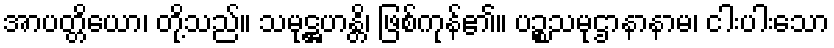
အာပတ္တိယော၊ တို့သည်။ သမုဋ္ဌဟန္တိ၊ ဖြစ်ကုန်၏။ ပဉ္စသမုဌာနာနာမ၊ ငါးပါးသော